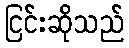
ငြင်းဆိုသည်